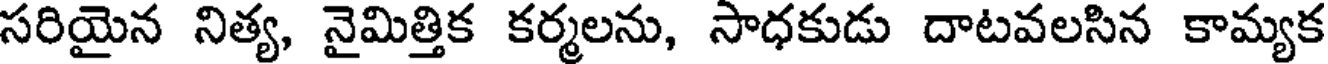
సరియైన నిత్య, నైమిత్తిక కర్మలను, సాధకుడు దాటవలసిన కామ్యక